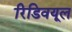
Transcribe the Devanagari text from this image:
रिडिवयूल